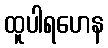
ထူပါရဟေန